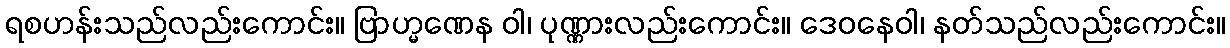
ရစဟန်းသည်လည်းကောင်း။ ဗြာဟ္မဏေန ဝါ၊ ပုဏ္ဏားလည်းကောင်း။ ဒေဝနေဝါ၊ နတ်သည်လည်းကောင်း။